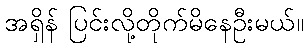
အရှိန် ပြင်းလို့တိုက်မိနေဦးမယ်။